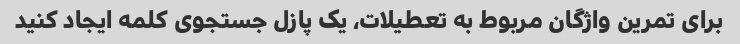
برای تمرین واژگان مربوط به تعطیلات، یک پازل جستجوی کلمه ایجاد کنید